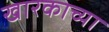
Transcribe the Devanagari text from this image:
खारकाच्या